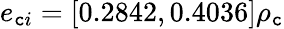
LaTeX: e_{\mathtt{c}i}=[0.2842,0.4036]\rho_{\mathtt{c}}